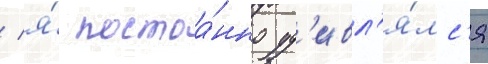
/ я́ постоа́нно уд'ивл'я́лс'я